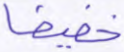
خفيفا